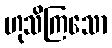
ဟုသိကြသော